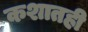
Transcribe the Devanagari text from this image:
कशातही